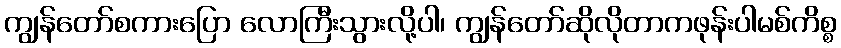
ကျွန်တော်စကားပြော လောကြီးသွားလို့ပါ၊ ကျွန်တော်ဆိုလိုတာကဖုန်းပါမစ်ကိစ္စ